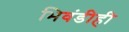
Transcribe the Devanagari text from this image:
भिवंडीही